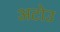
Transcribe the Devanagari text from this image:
अटोउ